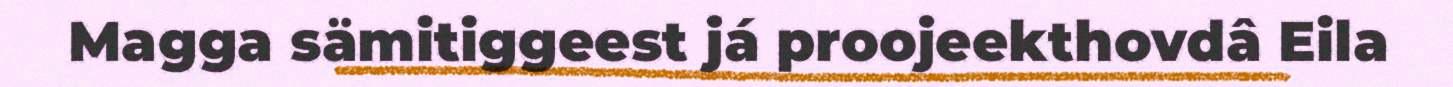
Magga sämitiggeest já proojeekthovdâ Eila